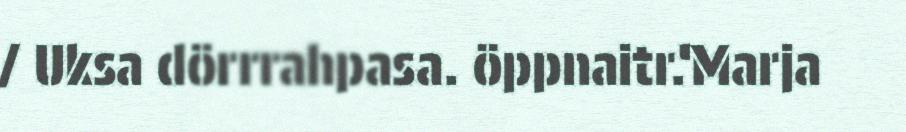
/ Uksa dörrrahpasa. öppnaitr.‘Marja